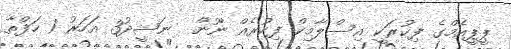
ޕީޕީއެމްގެ ފިކުރަކީ އިސްލާމިކް ފިކުރެއް ނޫން  ނަޝީދު3 އަހަރު 1 ހަފްތާ